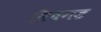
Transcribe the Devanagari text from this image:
सिधगड